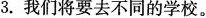
3.我们将要去不同的学校。